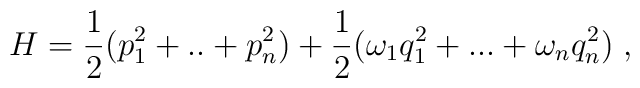
H=\frac{1}{2}(p_1^2+..+p_n^2)+\frac{1}{2}(\omega_1q_1^2+...+\omega_nq_n^2)\;,